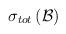
LaTeX: \begin{align*}\sigma _{tot}\left( {\cal B}\right)\end{align*}